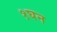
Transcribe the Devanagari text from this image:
१घन